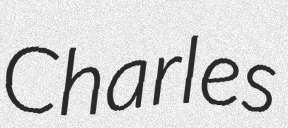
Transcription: Charles